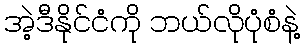
အဲ့ဒီနိုင်ငံကို ဘယ်လိုပုံစံနဲ့